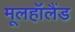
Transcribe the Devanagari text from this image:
मूलहॉलैंड